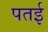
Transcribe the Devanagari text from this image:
पतई